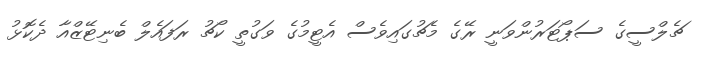
ޗެލްސީގެ ސަޕޯޓަރުންވަނީ ރޭގެ މެޗުގައިވެސް އެޓީމުގެ ވަގުތީ ކޯޗު ރަފައެލް ބެނިޓޭޒްއާ ދެކޮޅު